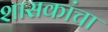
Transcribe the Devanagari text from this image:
शासकांचा